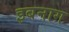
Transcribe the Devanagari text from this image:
इबनाग